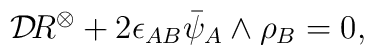
{\cal D}\!R^{\otimes}+2\epsilon_{AB}\bar\psi_A\wedge\rho_B=0,